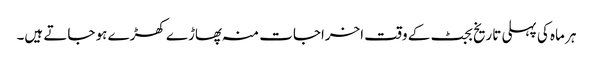
ہر ماہ کی پہلی تاریخ بجٹ کے وقت اخراجات منہ پھاڑے کھڑے ہو جاتے ہیں۔